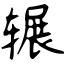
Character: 辗